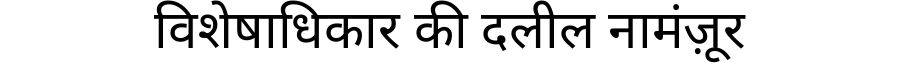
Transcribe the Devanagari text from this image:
विशेषाधिकार की दलील नामंज़ूर